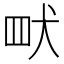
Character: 𮉿